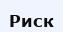
Риск